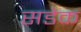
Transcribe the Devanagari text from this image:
सडेक